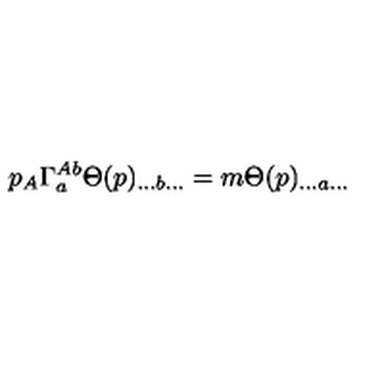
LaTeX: p _ { A } \Gamma _ { a } ^ { A b } \Theta ( p ) _ { . . . b . . . } = m \Theta ( p ) _ { . . . a . . . }